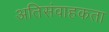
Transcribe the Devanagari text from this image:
अतिसंवाहकता